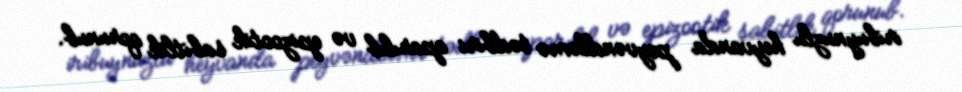
iribuynuzlu heyvanda peyvəndləmə tədbiri aparılıb və epizootik sabitlik qorunub.